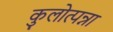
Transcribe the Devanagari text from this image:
कुलोत्पन्ना